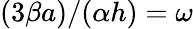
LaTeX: (3\beta a)/(\alpha h)=\omega